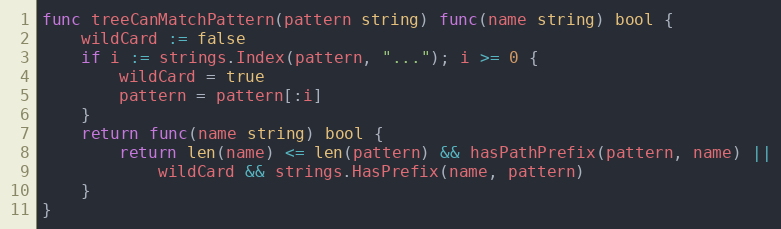
Language: Go
func treeCanMatchPattern(pattern string) func(name string) bool {
	wildCard := false
	if i := strings.Index(pattern, "..."); i >= 0 {
		wildCard = true
		pattern = pattern[:i]
	}
	return func(name string) bool {
		return len(name) <= len(pattern) && hasPathPrefix(pattern, name) ||
			wildCard && strings.HasPrefix(name, pattern)
	}
}